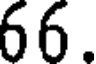
66.